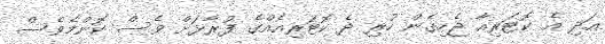
އަދި އެ ކޮޓަރިއާ ޖެހިގެން ހުރި ދެ ކޮޓަރިއެއްގެ ފުރާޅަށް ވެސް ކޮންމެވެސް